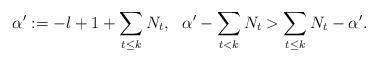
LaTeX: \begin{align*} \alpha^{\prime}:=-l+1+\sum_{t \leq k}N_t, \ \ \alpha^{\prime}-\sum_{t<k}N_t > \sum_{t \leq k} N_t-\alpha^{\prime}.\end{align*}